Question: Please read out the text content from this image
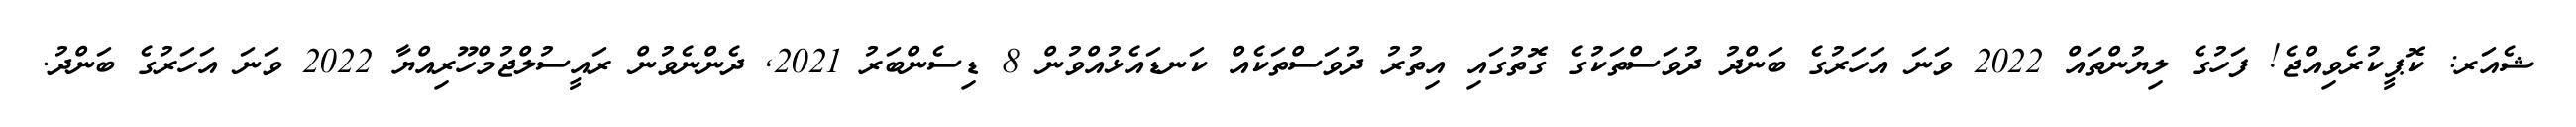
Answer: ޝެއަރ: ކޮޕީކުރެވިއްޖެ! ފަހުގެ ލިޔުންތައް 2022 ވަނަ އަހަރުގެ ބަންދު ދުވަސްތަކުގެ ގޮތުގައި އިތުރު ދުވަސްތަކެއް ކަނޑައެޅުއްވުން 8 ޑިސެންބަރު 2021, ދެންނެވުން ރައީސުލްޖުމްހޫރިއްޔާ 2022 ވަނަ އަހަރުގެ ބަންދު.